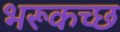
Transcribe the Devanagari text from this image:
भरूकच्छ